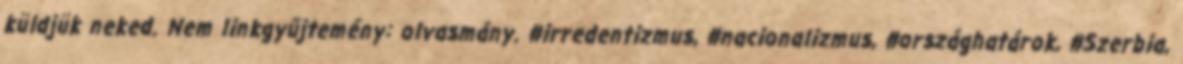
küldjük neked. Nem linkgyűjtemény: olvasmány. #irredentizmus, #nacionalizmus, #országhatárok, #Szerbia,